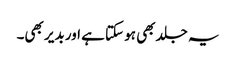
یہ جلد بھی ہو سکتا ہے اور بدیر بھی۔